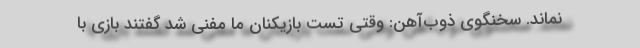
نماند. سخنگوی ذوب‌آهن: وقتی تست بازیکنان ما مفنی شد گفتند بازی با